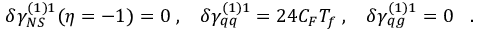
\delta \gamma _ { N S } ^ { ( 1 ) 1 } ( \eta = - 1 ) = 0 \; , \; \; \; \delta \gamma _ { q q } ^ { ( 1 ) 1 } = 2 4 C _ { F } T _ { f } \; , \; \; \; \delta \gamma _ { q g } ^ { ( 1 ) 1 } = 0 \; \; \; .